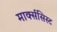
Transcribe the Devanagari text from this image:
मार्क्‍ससिस्‍ट